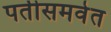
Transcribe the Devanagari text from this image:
पतीसमवेत